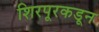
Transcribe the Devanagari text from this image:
शिरपूरकडून